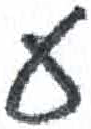
אות: ע